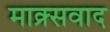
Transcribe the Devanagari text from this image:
माक्र्सवाद